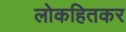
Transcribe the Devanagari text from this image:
लोकहितकर